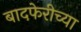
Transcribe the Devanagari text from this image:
बादफेरीच्या